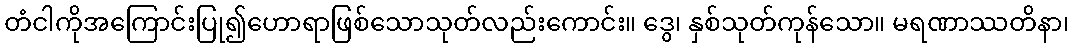
တံငါကိုအကြောင်းပြု၍ဟောရာဖြစ်သောသုတ်လည်းကောင်း။ ဒွေ၊ နှစ်သုတ်ကုန်သော။ မရဏာဿတိနာ၊